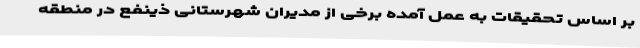
بر اساس تحقیقات به عمل آمده برخی از مدیران شهرستانی ذینفع در منطقه